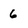
Character: 6